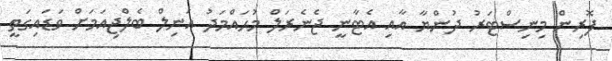
ފޮރިން މިނިސްޓަރު ދުންޔާ އާއި އެޓާނީ ޖެނެރަލް މުޙައްމަދު އަނިލް ބެލްޖިއަމަށް ވަޑައިގަތީ